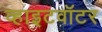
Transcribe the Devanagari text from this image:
व्हाइटवॉटर